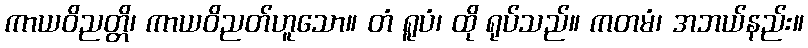
ကာယဝိညတ္တိ၊ ကာယဝိညတ်ဟူသော။ တံ ရူပံ၊ ထို ရုပ်သည်။ ကတမံ၊ အဘယ်နည်း။